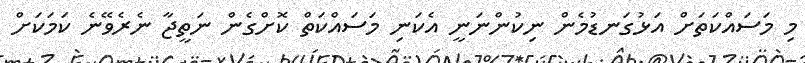
މި މަސައްކަތަށް އަޅުގަނޑުމެން ނިކުންނަނީ އެކަނި މަސައްކަތް ކޮށްގެން ނަތީޖާ ނެރެވޭނެ ކަމަކަށް